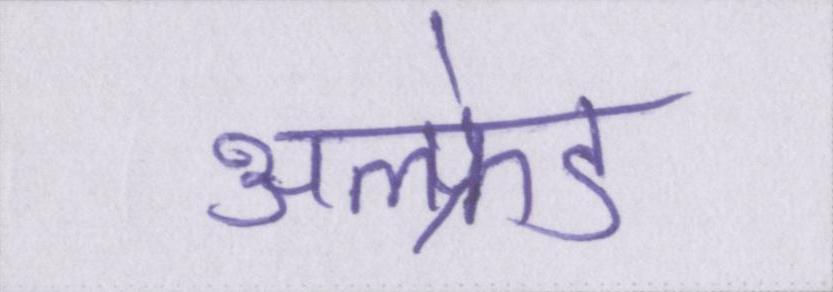
अल्फ्रेड